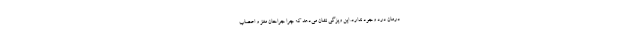
درمان درد وجود ندارد. این ویژگی نشان می‌دهد که چرا جراحان مغز و اعصاب